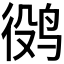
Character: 𱉷